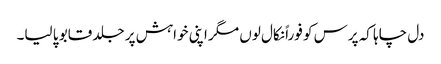
دل چاہا کہ پرس کو فوراً نکال لوں مگر اپنی خواہش پر جلد قابو پا لیا۔